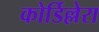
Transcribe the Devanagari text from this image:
कोर्डिल्लेरा